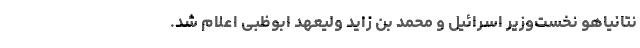
نتانیاهو نخست‌وزیر اسرائیل و محمد بن زاید ولیعهد ابوظبی اعلام شد.